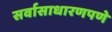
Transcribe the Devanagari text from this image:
सर्वासाधारणपणे